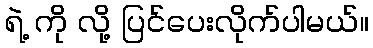
ရဲ့ ကို လို့ ပြင်ပေးလိုက်ပါမယ်။